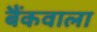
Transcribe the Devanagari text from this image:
बैंकवाला